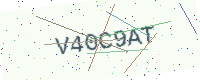
Text: V40C9AT